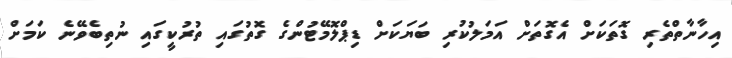
އިހާނާތްތެރި ގޮތަކަށް އެގޮތަށް އަމަލުކުރި ބަޔަކަށް ޑިޕްލޮމޭޓުންގެ ގޮތުގައި ތުރުކީގައި ނުތިބެވޭނެ ކަމަށް